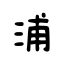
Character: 浦